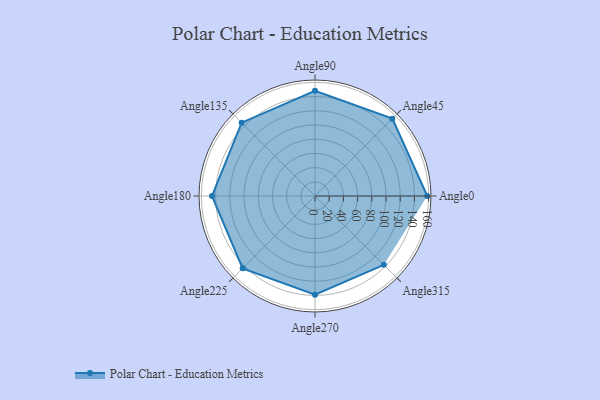
{"axis": {"x": "Angle", "y": "Radius"}, "legend": [""], "data": [{"x": "Angle0", "y": 158.0, "type": ""}, {"x": "Angle45", "y": 154.0, "type": ""}, {"x": "Angle90", "y": 148.0, "type": ""}, {"x": "Angle135", "y": 146.0, "type": ""}, {"x": "Angle180", "y": 145.0, "type": ""}, {"x": "Angle225", "y": 144.0, "type": ""}, {"x": "Angle270", "y": 139.0, "type": ""}, {"x": "Angle315", "y": 137.0, "type": ""}]}